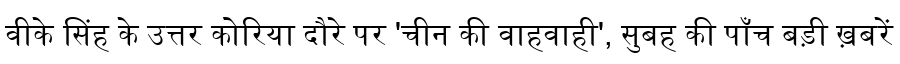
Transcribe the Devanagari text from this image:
वीके सिंह के उत्तर कोरिया दौरे पर 'चीन की वाहवाही', सुबह की पाँच बड़ी ख़बरें